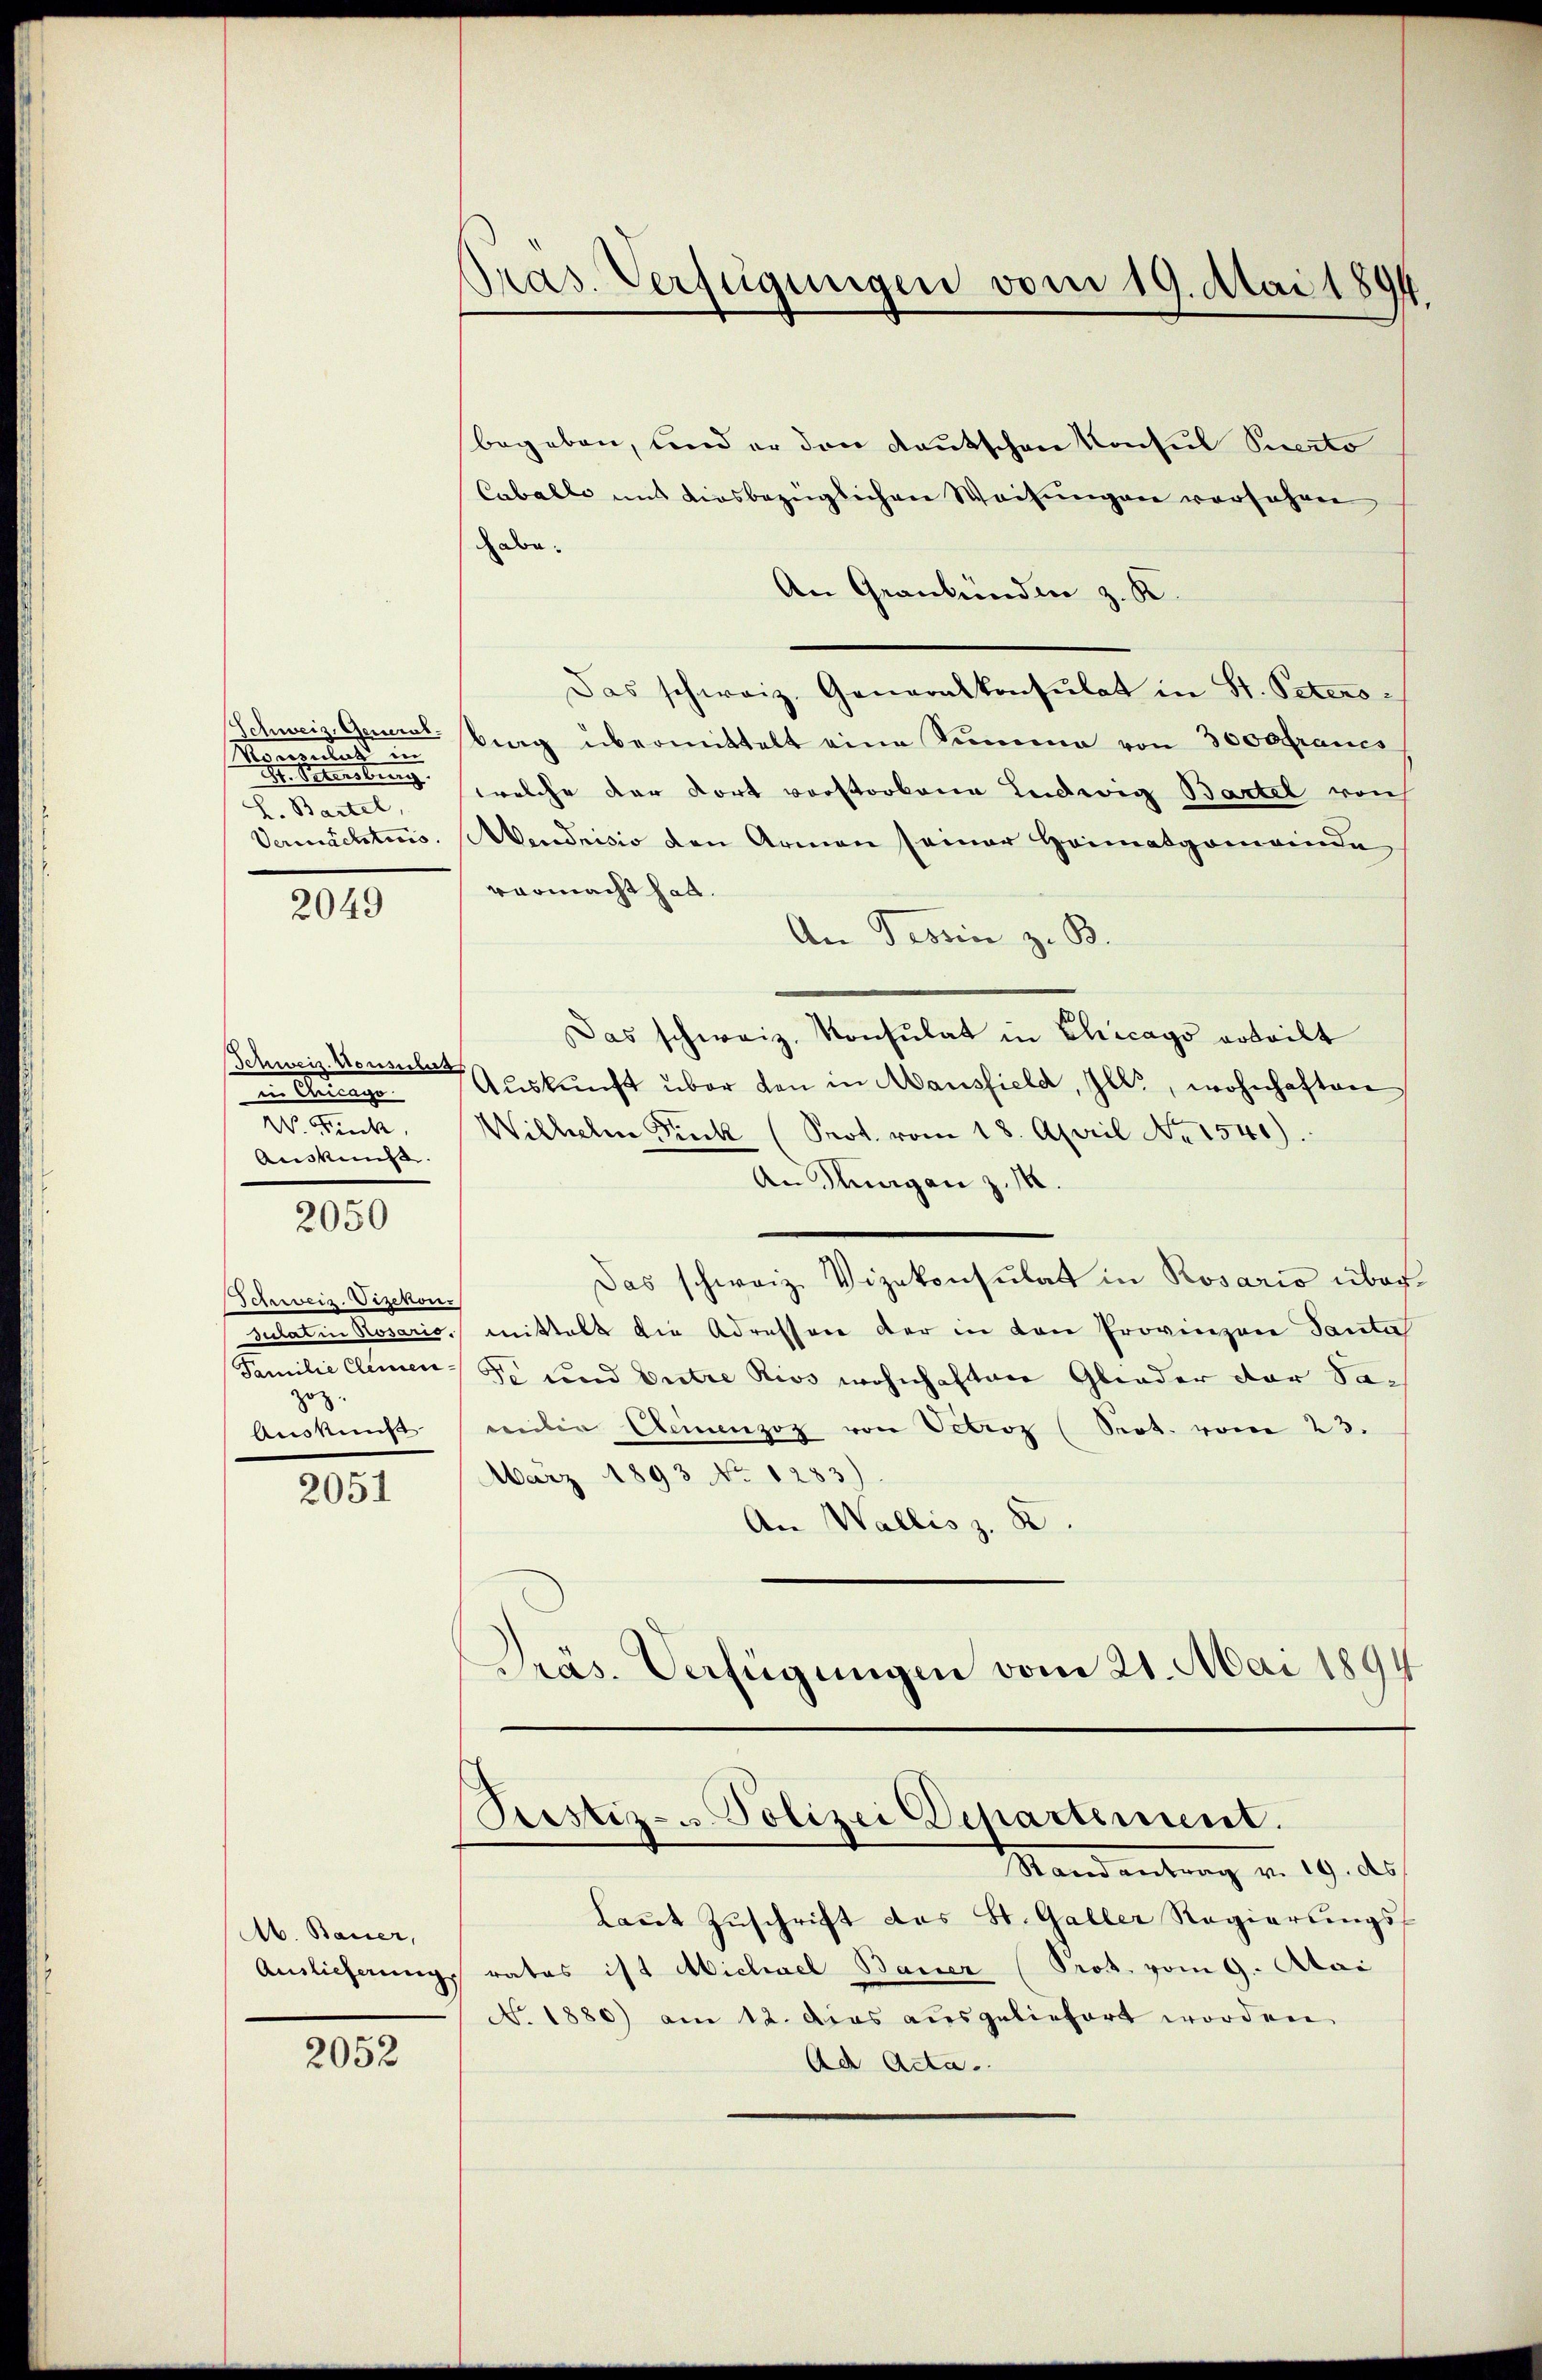
Moonlust in
Gensburg
L. Bartel,

2049

Schweiz. Konsulas
in Andringe
Beistunge

2050

Schweiz. Vizekon
.
zu

2051

A. Bauer,

2052

begeben, und er den Kautschen Konsul Specto
Caballe mit diesbezüglichen Weisŭngen verfahren
abe.
An Graubünden z. K.
Das schweiz. Generalkonsulat in St. Petero¬
Schweiz. General Berg übermittelt eine Summe von 3000 francs
welche der dort vorstorbene Ludwig Bartel vorh
Vermächtnis. Abendrisis den Armen seiner Heimatgemeinde
vermacht hat.
An Tessin z. B.
Das schweiz. Konsulat in Chicago erteilt
Aŭskŭnft über den in Mausfield, Ill., wohnhaften
VV. Fick. Wilhelm Fick (Prot. vom 18. April No 1541).
An Tagen z. M.
Das schweiz. Vizekonsulat in Rosario über-
sulatin Rosaris, mittels die Adressere der in den Provinzone Santa
Familie Clemen S. und Entre Rivs wohnhaften Glieder der Sach
Auskunft einer Deinenzoz von Vetroz (Sot. vom 23.
März 1893 No 1283)
An Wallis z. B.
Dräs. Verfügungen vom 21. Mai 1894

Pras. Verfügungen vom 19. Mai 1894.

Pcstiz- u. Polizei Departement.
Standentrag v. 19. ds.

Laut Zuschrift das St. Galler Regierungs¬
Anslicherung rates ist Michael Bauer (Prot. vom 9. Mai
No. 1880) am 12. das ausgeliefert worden
Ad Acta.